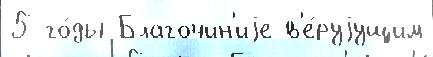
5 го́ды Благочин'иjе в'е́руjущим